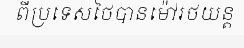
ពីប្រទេសថៃបានម៉ៅរថយន្ត